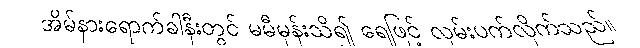
အိမ်နားရောက်ခါနီးတွင် မမီမှန်းသိ၍ ရေဖြင့် လှမ်းပက်လိုက်သည်။